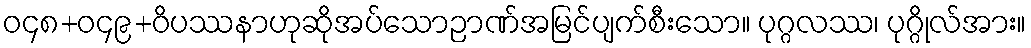
ဝ၄၈+ဝ၄၉+ဝိပဿနာဟုဆိုအပ်သောဉာဏ်အမြင်ပျက်စီးသော။ ပုဂ္ဂလဿ၊ ပုဂ္ဂိုလ်အား။